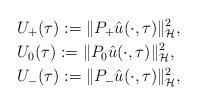
LaTeX: \begin{align*} &U_+(\tau) := \|P_+ \hat{u}(\cdot,\tau)\|_{\mathcal{H}}^2, \\ &U_0(\tau) := \|P_0 \hat{u}(\cdot,\tau)\|_{\mathcal{H}}^2, \\ &U_-(\tau) := \|P_- \hat{u}(\cdot,\tau)\|_{\mathcal{H}}^2, \end{align*}